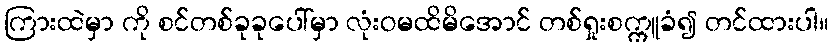
ကြားထဲမှာ ကို စင်တစ်ခုခုပေါ်မှာ လုံးဝမထိမိအောင် တစ်ရှုးစက္ကူခံ၍ တင်ထားပါ။